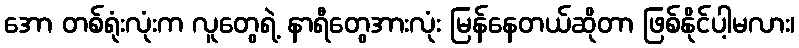
အော တစ်ရုံးလုံးက လူတွေရဲ့ နာရီတွေအားလုံး မြန်နေတယ်ဆိုတာ ဖြစ်နိုင်ပါ့မလား၊